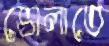
ভোলাতে